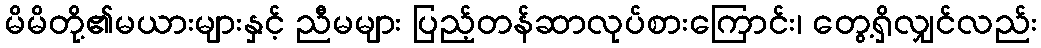
မိမိတို့၏မယားများနှင့် ညီမများ ပြည့်တန်ဆာလုပ်စားကြောင်း၊ တွေ့ရှိလျှင်လည်း